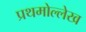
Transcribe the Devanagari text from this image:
प्रथमोल्लेख